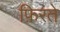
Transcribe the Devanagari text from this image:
फ़िरते